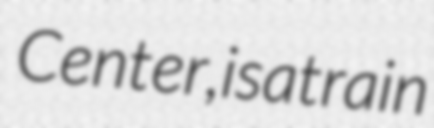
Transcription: Center, is a train